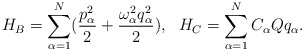
\begin{align*}H_{B} = \sum_{\alpha=1}^{N}( \frac{p_{\alpha}^{2}}{2} + \frac{\omega_{\alpha}^{2}q_{\alpha}^{2}}{2}), ~~ H_{C} = \sum_{\alpha=1}^{N} C_{\alpha} Q q_{\alpha}.\end{align*}